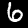
Label: 6